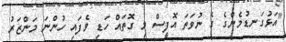
"އަޅުގަނޑުމެންގެ ގެ ނުވަތަ އޮފީސް މި ގޮތައް ހަޑި ވެފައި ހުންނަ މަންޒަރު